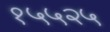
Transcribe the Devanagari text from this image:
१५५२५